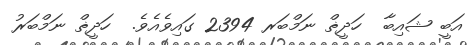
އަބީ ޝައިބާ  ހަދީޡް ނަމްބަރ 2394 ގައިވެއެވެ.  ހަދީޡް ނަމްބަރު